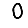
Digit: 0